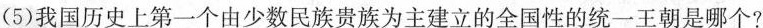
(5)我国历史上第一个由少数民族贵族为主建立的全国性的统一王朝是哪个?